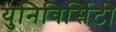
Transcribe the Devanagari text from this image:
युनिविर्सिटी